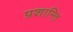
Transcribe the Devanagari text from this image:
प्रशान्ति